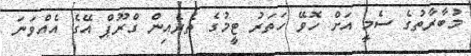
މުބާރާތުގެ ސެމީ އަށް ހޮވޭ ހަތަރު ޓީމުގެ ތެރެއިން ގްރޫޕް އޭގެ އެއްވަނަ